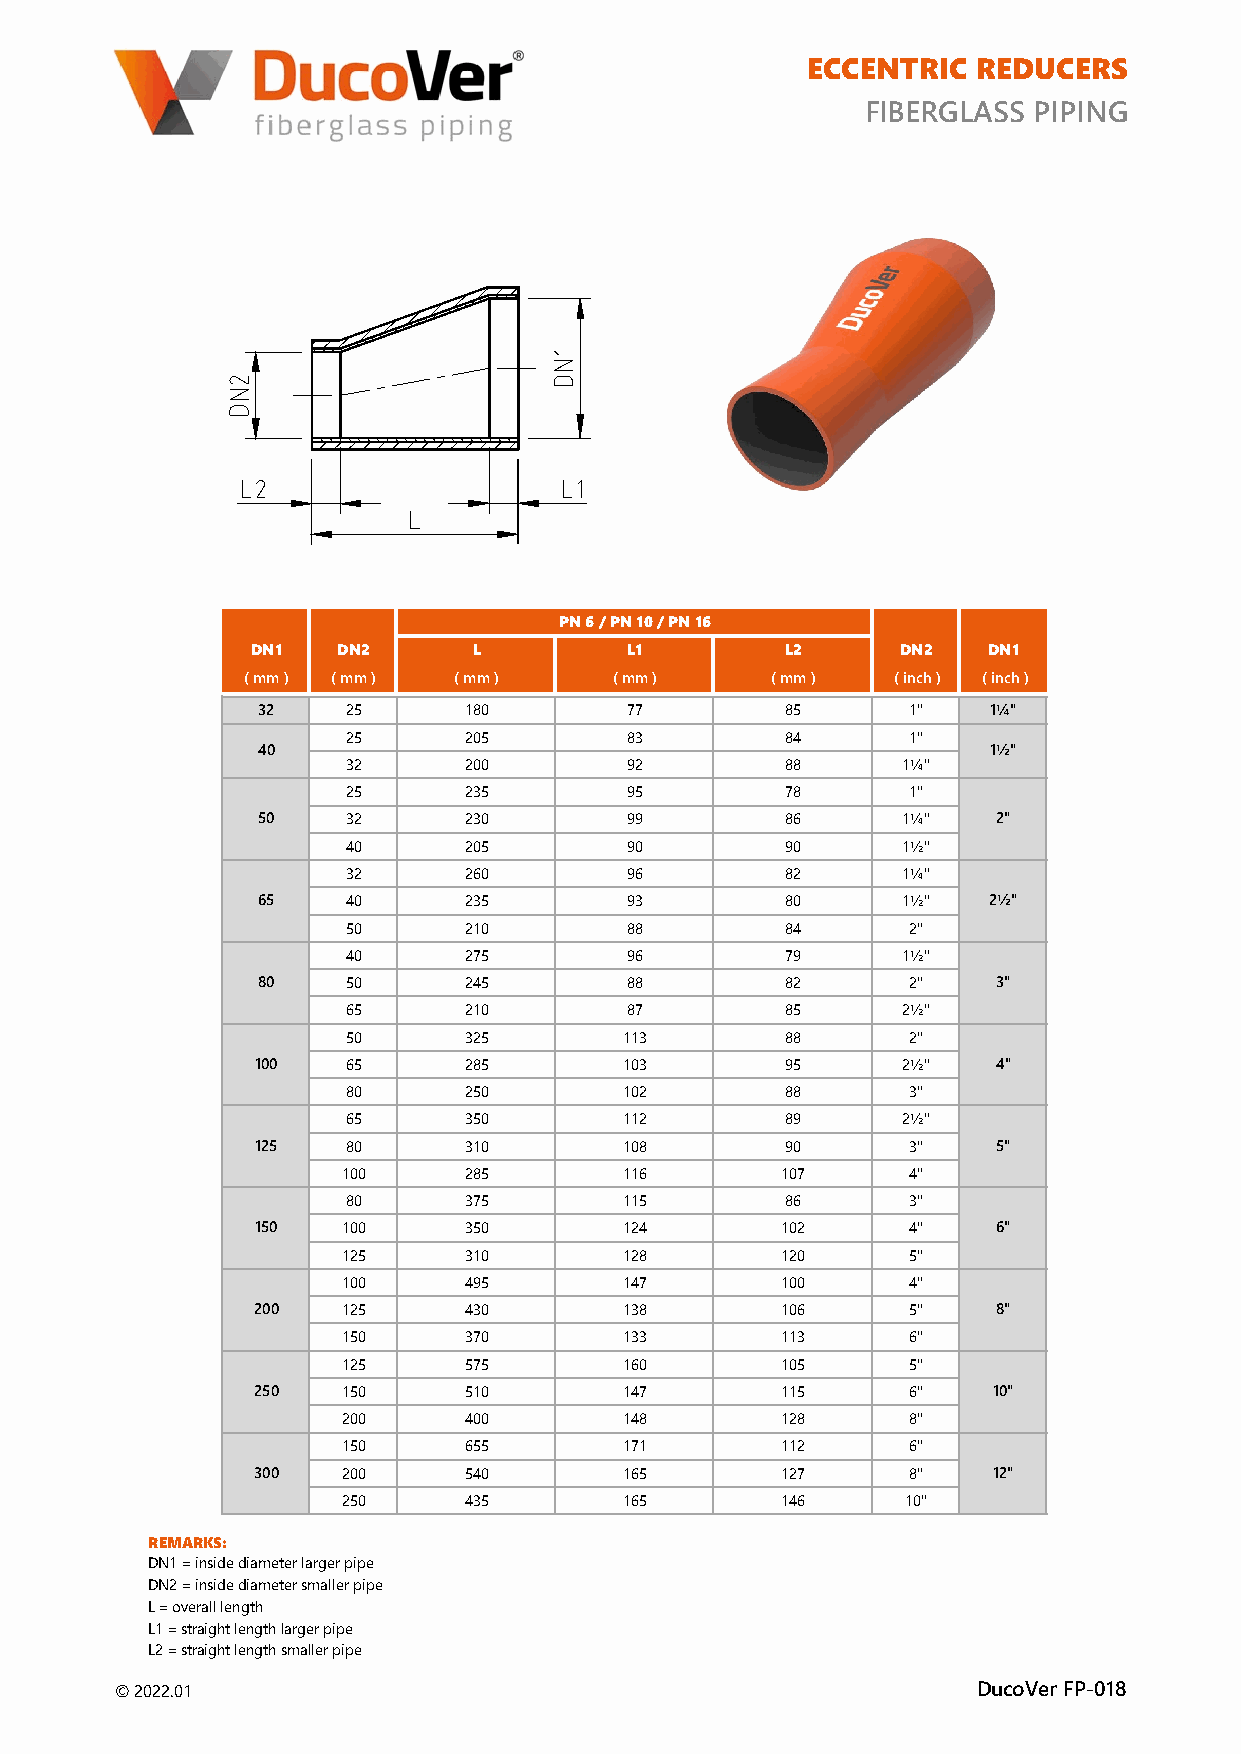
ECCENTRIC  REDUCERS
 FIBERGLASS PIPING
 PN 6 / PN 10 / PN 16
 DN1   DN2      L         L1         L2     DN2   DN1
 ( mm ) ( mm ) ( mm )    ( mm )     ( mm )  ( inch ) ( inch )
 32    25     180        77         85      1"   1¼"
 25     205        83         84      1"
 40                                              1½"
 32     200        92         88     1¼"
 25     235        95         78      1"
 50    32     230        99         86     1¼"    2"
 40     205        90         90     1½"
 32     260        96         82     1¼"
 65    40     235        93         80     1½"   2½"
 50     210        88         84      2"
 40     275        96         79     1½"
 80    50     245        88         82      2"    3"
 65     210        87         85     2½"
 50     325        113        88      2"
 100   65     285        103        95     2½"    4"
 80     250        102        88      3"
 65     350        112        89     2½"
 125   80     310        108        90      3"    5"
 100     285        116       107      4"
 80     375        115        86      3"
 150  100     350        124       102      4"    6"
 125     310        128       120      5"
 100     495        147       100      4"
 200   125     430        138       106      5"    8"
 150     370        133       113      6"
 125     575        160       105      5"
 250   150     510        147       115      6"   10"
 200     400        148       128      8"
 150     655        171       112      6"
 300   200     540        165       127      8"   12"
 250     435        165       146      10"
 REMARKS:
 DN1 = inside diameter larger pipe
 DN2 = inside diameter smaller pipe
 L = overall length
 L1 = straight length larger pipe
 L2 = straight length smaller pipe
 © 2022.01                                                DucoVer FP-018